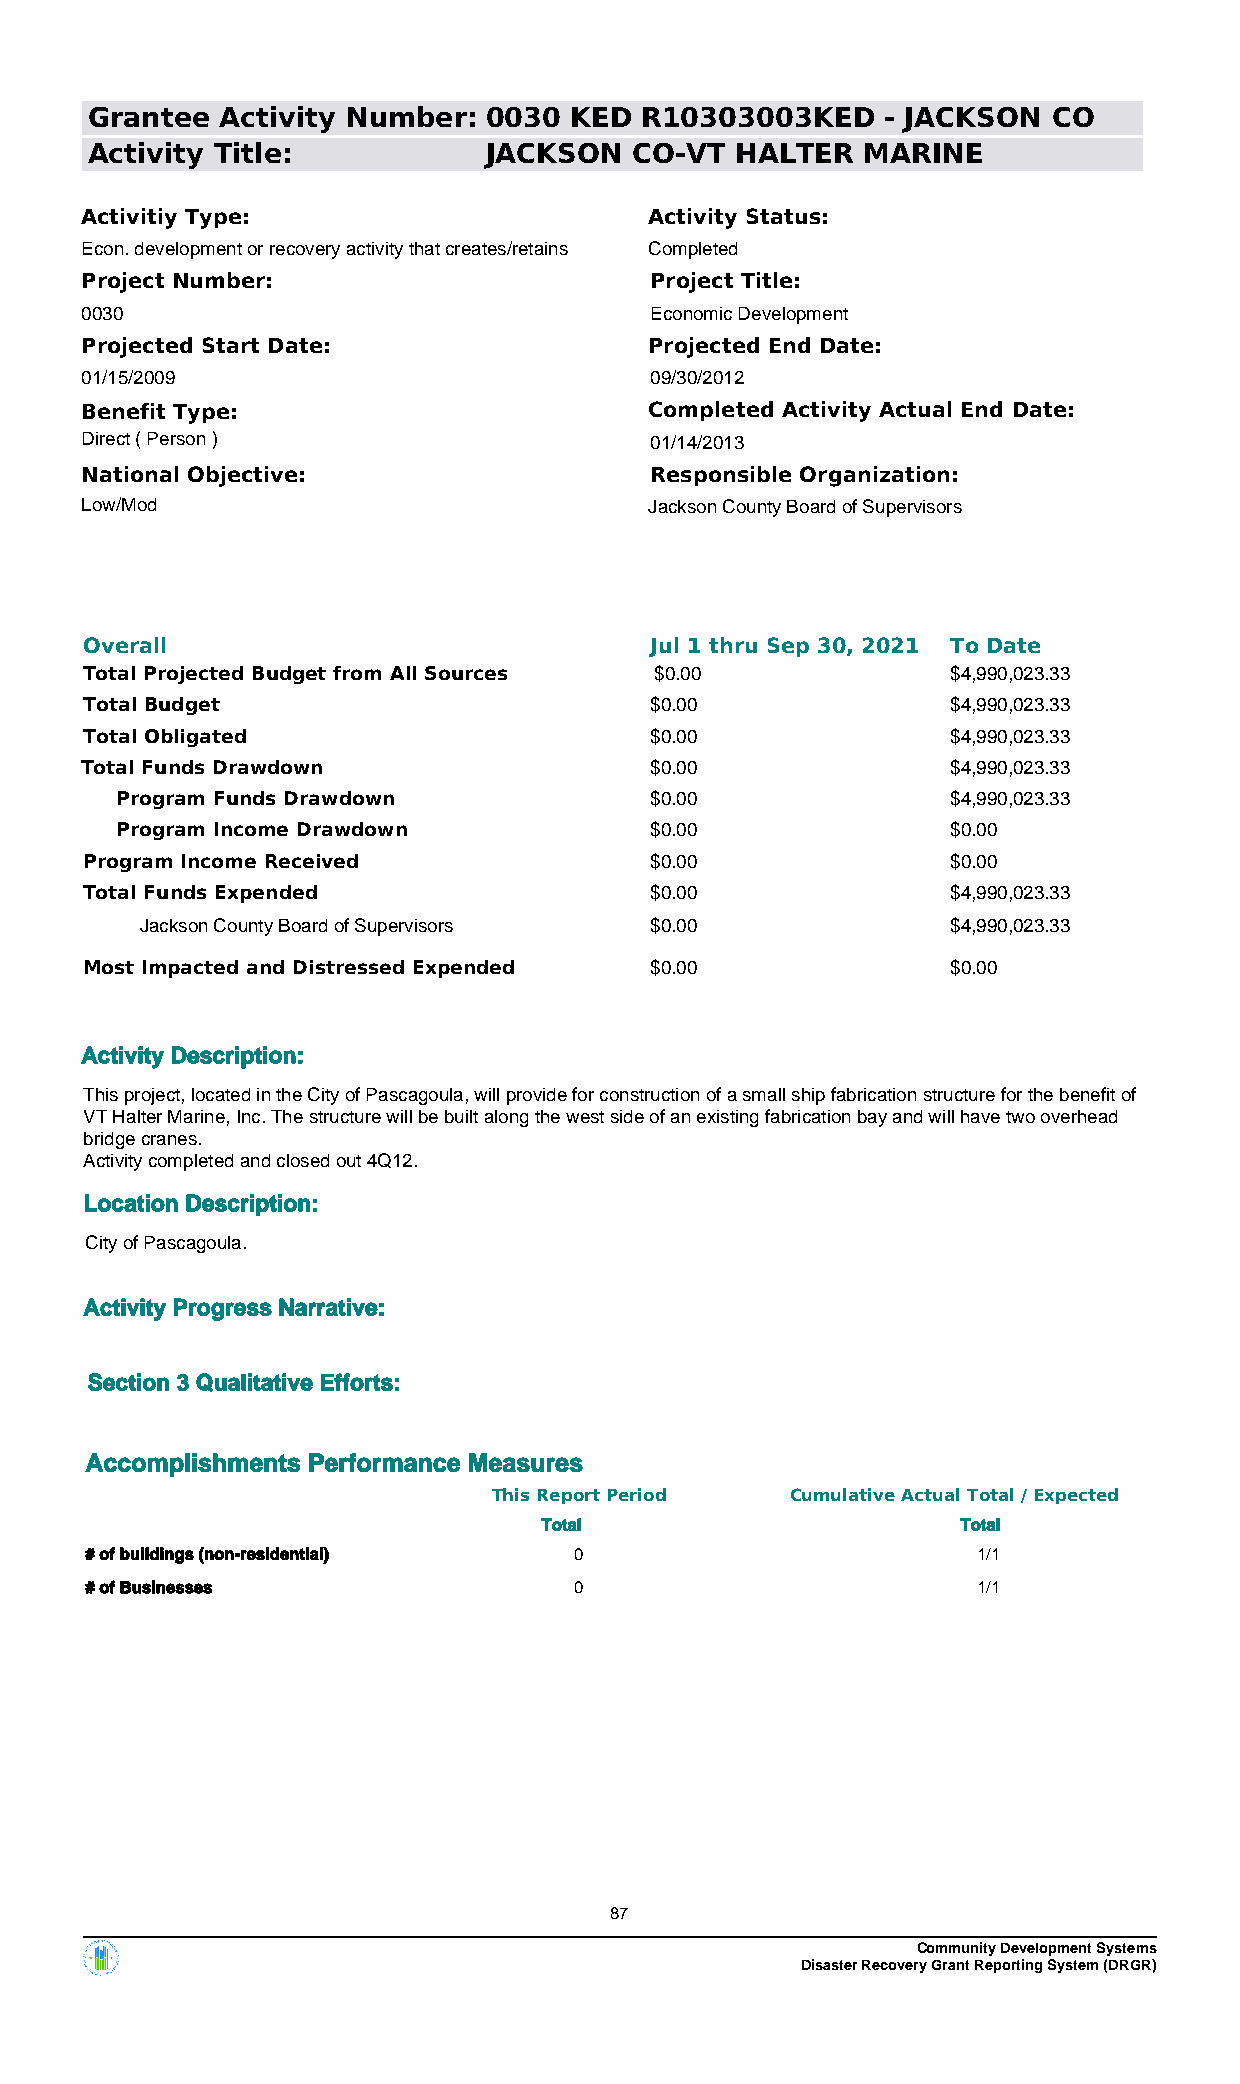
Grantee  Activity Number: 0030  KED R10303003KED     - JACKSON  CO
 Activity Title:           JACKSON   CO-VT  HALTER  MARINE
 Activitiy Type:                       Activity Status:
 Econ. development or recovery activity that creates/retains Completed
 Project Number:                       Project Title:
 0030                                  Economic Development
 Projected Start Date:                 Projected End Date:
 01/15/2009                            09/30/2012
 Benefit Type:                         Completed Activity Actual End Date:
 Direct ( Person )                     01/14/2013
 National Objective:                   Responsible Organization:
 Low/Mod                               Jackson County Board of Supervisors
 Overall                              Jul 1 thru Sep 30, 2021 To Date
 Total Projected Budget from All Sources $0.00            $4,990,023.33
 Total Budget                         $0.00               $4,990,023.33
 Total Obligated                      $0.00               $4,990,023.33
 Total Funds Drawdown                  $0.00               $4,990,023.33
 Program Funds Drawdown             $0.00               $4,990,023.33
 Program Income Drawdown            $0.00               $0.00
 Program Income Received              $0.00               $0.00
 Total Funds Expended                 $0.00               $4,990,023.33
 Jackson County Board of Supervisors $0.00             $4,990,023.33
 Most Impacted and Distressed Expended $0.00              $0.00
 Activity Description:
 This project, located in the City of Pascagoula, will provide for construction of a small ship fabrication structure for the benefit of
 VT Halter Marine, Inc. The structure will be built along the west side of an existing fabrication bay and will have two overhead
 bridge cranes.
 Activity completed and closed out 4Q12.
 Location Description:
 City of Pascagoula.
 Activity Progress Narrative:
 Section 3 Qualitative Efforts:
 Accomplishments Performance Measures
 This Report Period Cumulative Actual Total / Expected
 Total                       Total
 # of buildings (non-residential) 0                         1/1
 # of Businesses                 0                          1/1
 87
 Community Development Systems
 Disaster Recovery Grant Reporting System (DRGR)